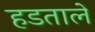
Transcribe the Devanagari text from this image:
हडतालें